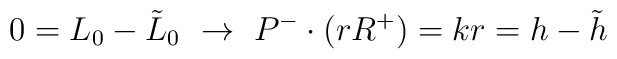
0=L_0-\tilde L_0~\rightarrow~ P^-\cdot(rR^+)=kr=h-\tilde h